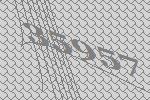
35957